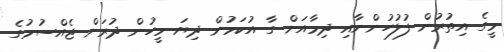
މީގެ އިތުރުން ފުލުހުންނާއި ދިމާއަށް ގާ އުކަމުން ދިޔަ މީހުން ދުރަށް ޖެއްސުމުގެ